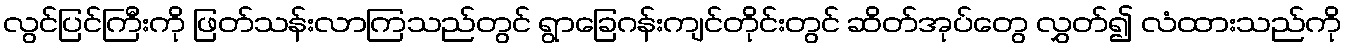
လွင်ပြင်ကြီးကို ဖြတ်သန်းလာကြသည်တွင် ရွာခြေဂန်းကျင်တိုင်းတွင် ဆိတ်အုပ်တွေ လွှတ်၍ လံထားသည်ကို